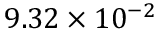
9 . 3 2 \times 1 0 ^ { - 2 }